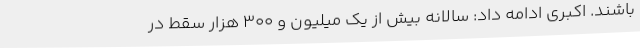
باشند. اکبری ادامه داد: سالانه بیش از یک میلیون و ۳۰۰ هزار سقط در